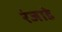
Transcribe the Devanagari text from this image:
रंजाडे